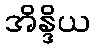
အိန္ဒိယ